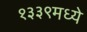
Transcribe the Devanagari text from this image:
१३३९मध्ये